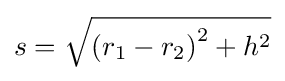
\displaystyle s={\sqrt {\left(r_{1}-r_{2}\right)^{2}+h^{2}}}